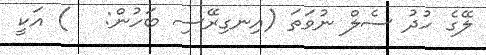
ލޭގެ ހުދު ސެލް ނުވަތަ (އިނގިރޭސި ބަހުން:   ) އަކީ